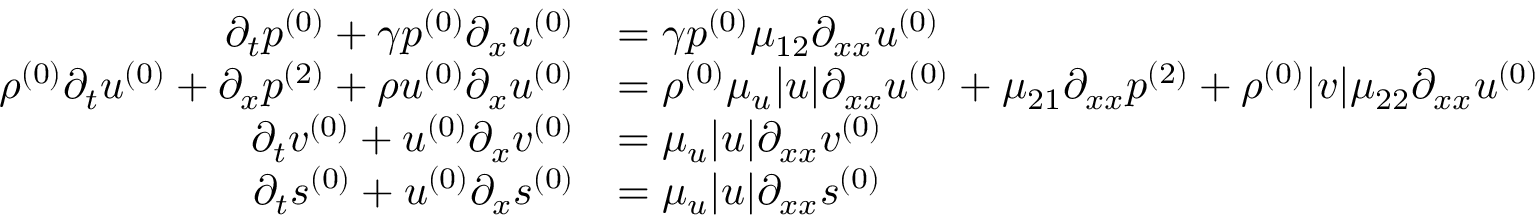
\begin{array} { r l } { \partial _ { t } \ensuremath { p ^ { ( 0 ) } } + \gamma \ensuremath { p ^ { ( 0 ) } } \partial _ { x } \ensuremath { u ^ { ( 0 ) } } } & { = \gamma \ensuremath { p ^ { ( 0 ) } } \mu _ { 1 2 } \partial _ { x x } \ensuremath { u ^ { ( 0 ) } } } \\ { \ensuremath { \rho ^ { ( 0 ) } } \partial _ { t } \ensuremath { u ^ { ( 0 ) } } + \partial _ { x } \ensuremath { p ^ { ( 2 ) } } + \ensuremath { \rho u ^ { ( 0 ) } } \partial _ { x } \ensuremath { u ^ { ( 0 ) } } } & { = \ensuremath { \rho ^ { ( 0 ) } } \mu _ { u } | u | \partial _ { x x } \ensuremath { u ^ { ( 0 ) } } + \mu _ { 2 1 } \partial _ { x x } \ensuremath { p ^ { ( 2 ) } } + \ensuremath { \rho ^ { ( 0 ) } } | v | \mu _ { 2 2 } \partial _ { x x } \ensuremath { u ^ { ( 0 ) } } } \\ { \partial _ { t } \ensuremath { v ^ { ( 0 ) } } + \ensuremath { u ^ { ( 0 ) } } \partial _ { x } \ensuremath { v ^ { ( 0 ) } } } & { = \mu _ { u } | u | \partial _ { x x } \ensuremath { v ^ { ( 0 ) } } } \\ { \partial _ { t } \ensuremath { s ^ { ( 0 ) } } + \ensuremath { u ^ { ( 0 ) } } \partial _ { x } \ensuremath { s ^ { ( 0 ) } } } & { = \mu _ { u } | u | \partial _ { x x } \ensuremath { s ^ { ( 0 ) } } } \end{array}